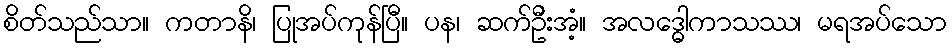
စိတ်သည်သာ။ ကတာနိ၊ ပြုအပ်ကုန်ပြီ။ ပန၊ ဆက်ဦးအံ့။ အလဒ္ဓောကာသဿ၊ မရအပ်သော